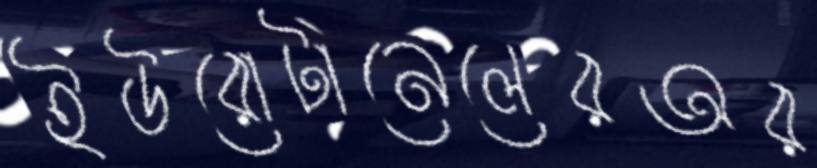
ইউরোটানেলেরঅর